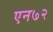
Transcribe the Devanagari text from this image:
एन७२